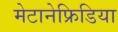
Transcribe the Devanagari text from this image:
मेटानेफ्रिडिया